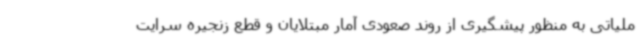
ملیاتی به منظور پیشگیری از روند صعودی آمار مبتلایان و قطع زنجیره سرایت